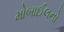
મોબાઈલનો